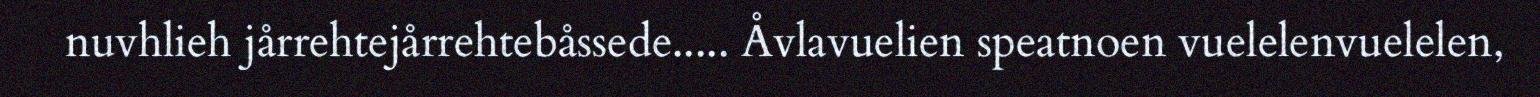
nuvhlieh jårrehtejårrehtebåssede..... Åvlavuelien speatnoen vuelelenvuelelen,